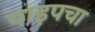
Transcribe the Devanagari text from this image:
पाइपचा